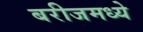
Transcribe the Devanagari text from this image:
बरीजमध्ये